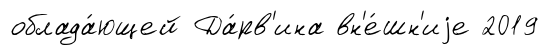
облада́ющей Да́рв'ина вн'е́шн'иjе 2019